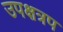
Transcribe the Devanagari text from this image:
उपक्षत्रप